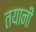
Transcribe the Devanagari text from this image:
तयानी